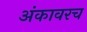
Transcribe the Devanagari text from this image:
अंकावरच